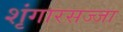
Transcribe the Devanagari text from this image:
शृंगारसज्जा